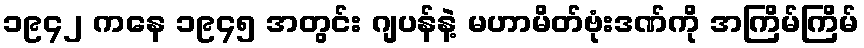
၁၉၄၂ ကနေ ၁၉၄၅ အတွင်း ဂျပန်နဲ့ မဟာမိတ်ဗုံးဒဏ်ကို အကြိမ်ကြိမ်